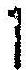
1